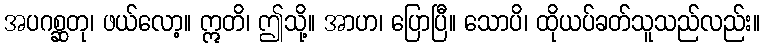
အပဂစ္ဆတု၊ ဖယ်လော့။ ဣတိ၊ ဤသို့။ အာဟ၊ ပြောပြီ။ သောပိ၊ ထိုယပ်ခတ်သူသည်လည်း။